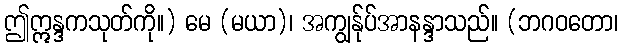
ဤဣန္ဒကသုတ်ကို။) မေ (မယာ)၊ အကျွန်ုပ်အာနန္ဒာသည်။ (ဘဂဝတော၊